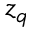
z _ { q }